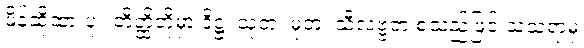
မိန့်ဆိုထားပုံ။ တိတ္ထိတို့မှာ ဒိဋ္ဌ၊ သုတ၊ မုတ၊ သီလဗ္ဗတ စသည်ဖြင့် သံသရာမှ